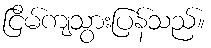
ငြိမ်ကျသွားပြန်သည်။